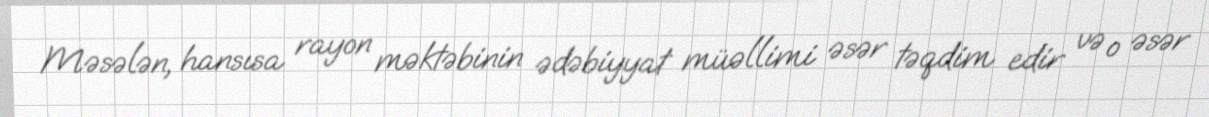
Məsələn, hansısa rayon məktəbinin ədəbiyyat müəllimi əsər təqdim edir və o əsər